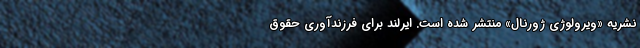
نشریه «ویرولوژی ژورنال» منتشر شده است. ایرلند برای فرزندآوری حقوق